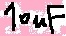
Text: 10uF